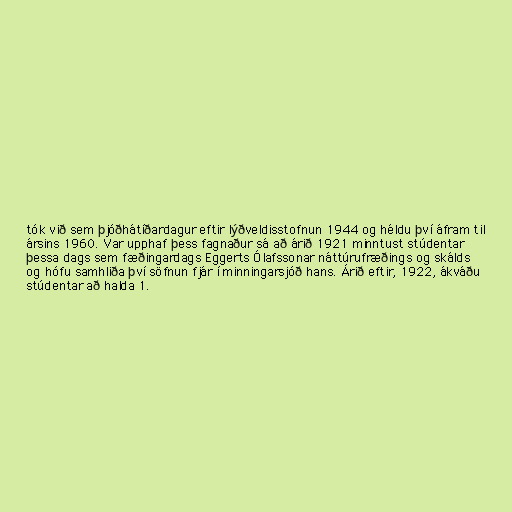
tók við sem þjóðhátíðardagur eftir lýðveldisstofnun 1944 og héldu því áfram til
ársins 1960. Var upphaf þess fagnaður sá að árið 1921 minntust stúdentar
þessa dags sem fæðingardags Eggerts Ólafssonar náttúrufræðings og skálds
og hófu samhliða því söfnun fjár í minningarsjóð hans. Árið eftir, 1922, ákváðu
stúdentar að halda 1.